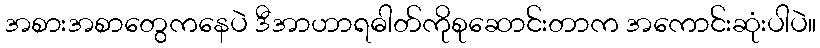
အစားအစာတွေကနေပဲ ဒီအာဟာရဓါတ်ကိုစုဆောင်းတာက အကောင်းဆုံးပါပဲ။